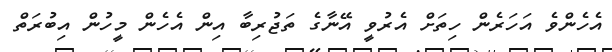
އެހެންވެ އަހަރެން ހިތަށް އެރުވީ އޭނާގެ ތަޖުރިބާ އިން އެހެން މީހުން އިބުރަތް